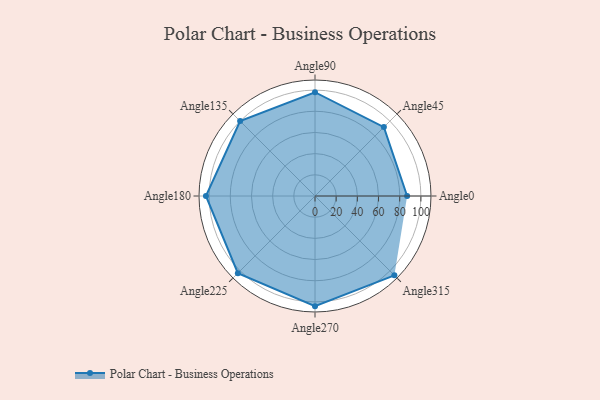
{"axis": {"x": "Angle", "y": "Radius"}, "legend": [""], "data": [{"x": "Angle0", "y": 87.0, "type": ""}, {"x": "Angle45", "y": 92.0, "type": ""}, {"x": "Angle90", "y": 98.0, "type": ""}, {"x": "Angle135", "y": 100.0, "type": ""}, {"x": "Angle180", "y": 103.0, "type": ""}, {"x": "Angle225", "y": 103.0, "type": ""}, {"x": "Angle270", "y": 104.0, "type": ""}, {"x": "Angle315", "y": 106.0, "type": ""}]}